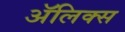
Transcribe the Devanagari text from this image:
ॲलिक्स